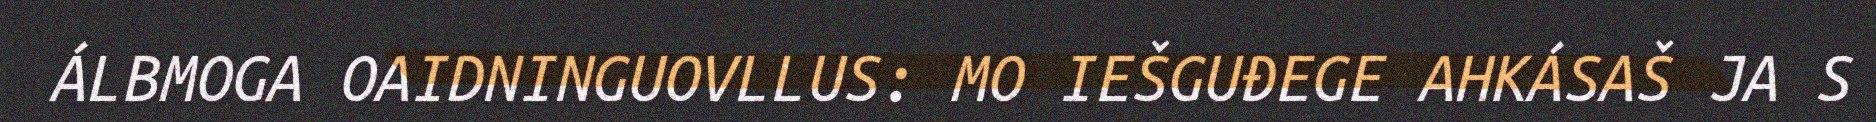
ÁLBMOGA OAIDNINGUOVLLUS: MO IEŠGUĐEGE AHKÁSAŠ JA S